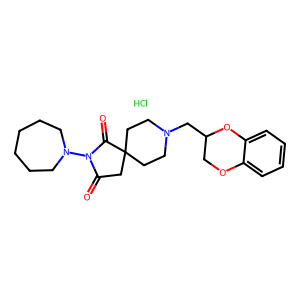
SMILES: Cl.O=C1CC2(CCN(CC3COc4ccccc4O3)CC2)C(=O)N1N1CCCCCC1
Inhibits HIV replication: No